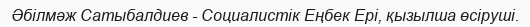
Әбілмәж Сатыбалдиев - Социалистік Еңбек Ері, қызылша өсіруші.